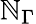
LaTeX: \mathbb{N}_{\Gamma}